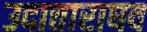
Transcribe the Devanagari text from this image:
उदात्ताराघव